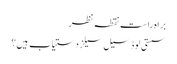
براہ راست نقطہ نظر
سستی لوڈ سیل سیلز دستیاب ہیں؟